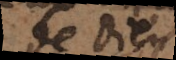
si Dieu